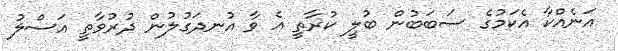
އަނެއްކާ އެކަމުގެ ސަބަބުން ބުލީ ކުރާތީ އެ ވާ އުނދަގުލުން ދުރުވާތީ އަސްލު